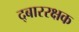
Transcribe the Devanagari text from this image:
द्बाररक्षक